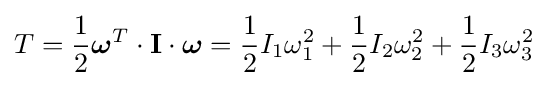
T={\frac {1}{2}}{\boldsymbol {\omega }}^{T}\cdot \mathbf {I} \cdot {\boldsymbol {\omega }}={\frac {1}{2}}I_{1}\omega _{1}^{2}+{\frac {1}{2}}I_{2}\omega _{2}^{2}+{\frac {1}{2}}I_{3}\omega _{3}^{2}